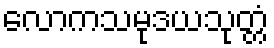
လောကသမုဒယသုတ္တံ